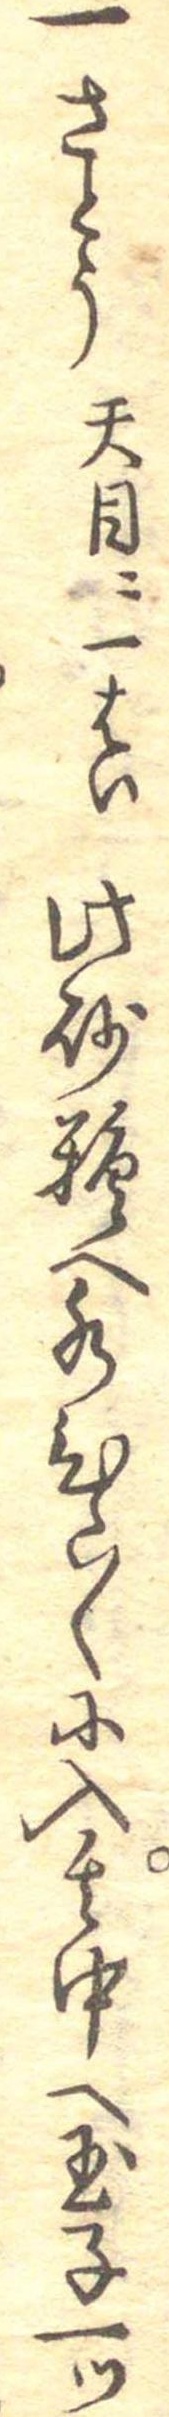
一さとう天目に一はい此砂糖へ水ひた〱に入其中へ玉子一つ